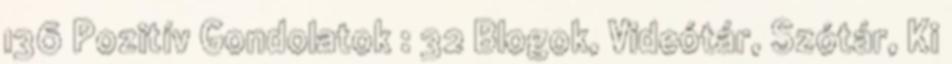
136 Pozitív Gondolatok : 32 Blogok, Videótár, Szótár, Ki